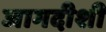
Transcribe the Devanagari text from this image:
जागदीशी